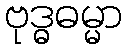
ဗုဒ္ဓဓမ္မာ